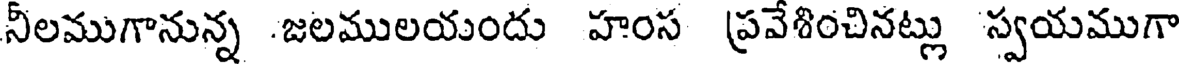
నీలముగానున్న .జలములయందు హంస ప్రవేశించినట్లు స్వయముగా